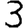
Digit: 3